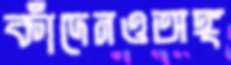
কাঁদেনওঅঙ্গ